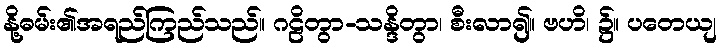
နို့ဓမ်း၏အရည်ကြည်သည်။ ဂဠိတွာ-သန္ဒိတွာ၊ စီးလာ၍။ ဗဟိ၊ ၌။ ပတေယျ